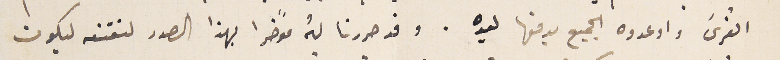
القرى واوعدوه الجميع بدفعها ليده . وقد حررنا لهُ موًخرا بهذا الصدد لنقنعه ليكون